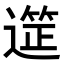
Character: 𮟆